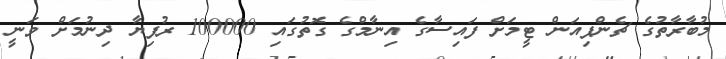
މުބާރާތުގެ ޗެންޕިއަން ޓީމަށް ފައިސާގެ އިނާމްގެ ގޮތުގައި 100000 ރުފިޔާ ދިނުމަށް ވަނީ